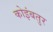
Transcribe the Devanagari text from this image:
कोइंबतुर